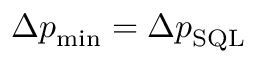
\Delta p _ { \mathrm { m i n } } = \Delta p _ { \mathrm { S Q L } }